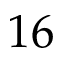
1 6